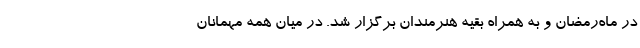
در ماه‌رمضان و به همراه بقیه هنرمندان برگزار شد. در میان همه مهمانان